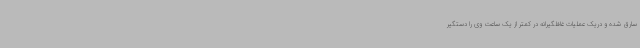
سارق شده و دریک عملیات غافلگیرانه در کمتر از یک ساعت وی را دستگیر